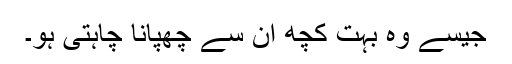
جیسے وہ بہت کچھ اُن سے چھپانا چاہتی ہو۔